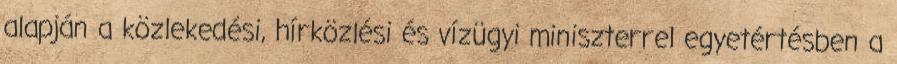
alapján a közlekedési, hírközlési és vízügyi miniszterrel egyetértésben a